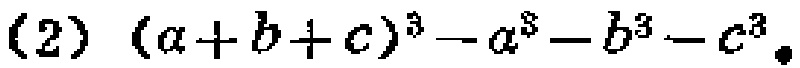
\((2)\ (a + b + c)^{3}-a^{3}-b^{3}-c^{3}\)